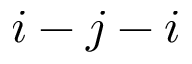
i - j - i